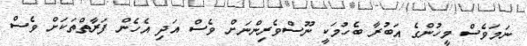
ނަމަވެސް މީހުންގެ އަބުރާ ބެހުމަކީ ނޫސްވެރިންނަށް ވެސް އަދި އެހެން ފަރާތްތަކަށް ވެސް